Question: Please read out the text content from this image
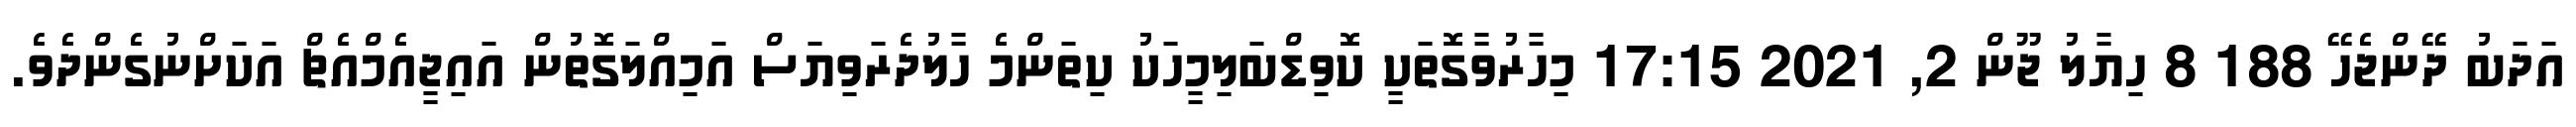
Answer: އަދަބު ދޭންޖެހޭ 188 8 ހިޔާލު ޖޫން 2, 2021 17:15 މިހާރުވާގޮތަކީ ކޮވިޑްބަލިމީހަކު ކިތަންމެ ހާލުދެރަވިޔަސް އަމިއްލަގޮތުން އައިޖީއެމްއެޗް އަކަށްނުގެންދެވެ.